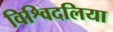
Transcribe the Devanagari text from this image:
विश्विदलिया